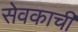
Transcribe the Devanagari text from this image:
सेवकाची